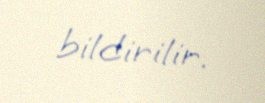
bildirilir.